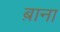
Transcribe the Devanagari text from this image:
ब़ाना